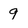
Character: 9